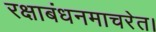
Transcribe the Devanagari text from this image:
रक्षाबंधनमाचरेत।